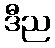
ဒီည